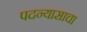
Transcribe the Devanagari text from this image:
पदन्यासाचा